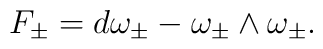
F_{\pm }=d\omega _{\pm }-\omega _{\pm }\wedge \omega _{\pm }.